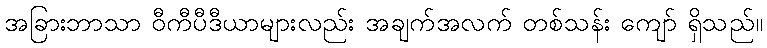
အခြားဘာသာ ဝီကီပီဒီယာများလည်း အချက်အလက် တစ်သန်း ကျော် ရှိသည်။